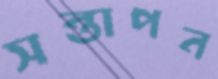
সন্তাপন